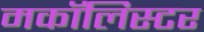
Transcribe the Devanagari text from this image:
मकॉलिस्टर